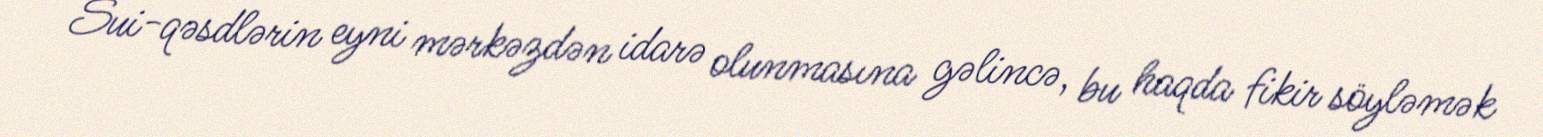
Sui-qəsdlərin eyni mərkəzdən idarə olunmasına gəlincə, bu haqda fikir söyləmək